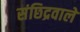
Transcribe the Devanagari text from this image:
संछिद्रवाले